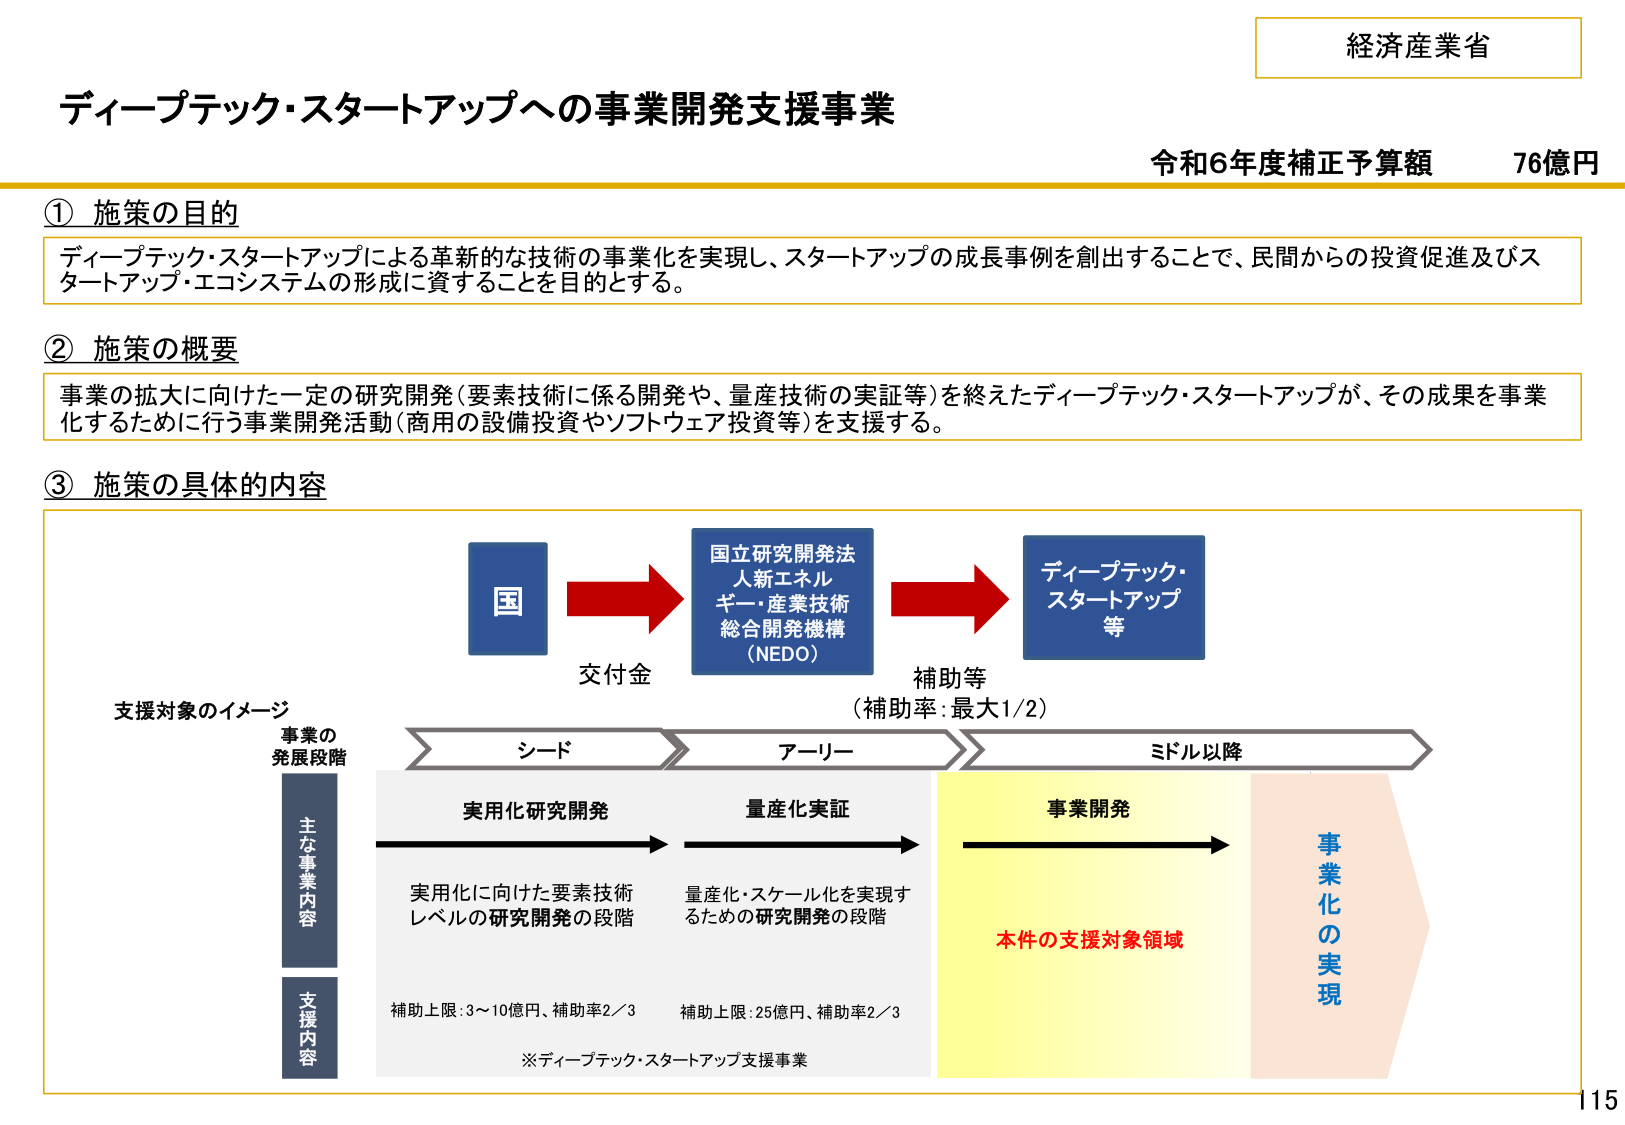
経済産業省
ディープテック・スタートアップへの事業開発支援事業
令和6年度補正予算額 76億円

① 施策の目的
ディープテック・スタートアップによる革新的な技術の事業化を実現し、スタートアップの成長事例を創出することで、民間からの投資促進及びスタートアップ・エコシステムの形成に資することを目的とする。

② 施策の概要
事業の拡大に向けた一定の研究開発（要素技術に係る開発や、量産技術の実証等）を終えたディープテック・スタートアップが、その成果を事業化するために行う事業開発活動（商用の設備投資やソフトウェア投資等）を支援する。

③ 施策の具体的な内容

国
→ 交付金
国立研究開発法人新エネルギー・産業技術総合開発機構（NEDO）
→ 補助等（補助率：最大1/2）
ディープテック・スタートアップ等

支援対象のイメージ
事業の発展段階
シード → アーリー → ミドル以降

主な事業内容
実用化研究開発
→ 量産化実証
→ 事業開発
→ 事業化の実現

実用化に向けた要素技術レベルの研究開発の段階
量産化・スケール化を実現するための研究開発の段階

支援内容
補助上限：3～10億円、補助率2／3
補助上限：25億円、補助率2／3

※ディープテック・スタートアップ支援事業
本件の支援対象領域

115